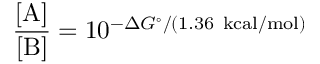
{ \frac { [ \mathrm { A } ] } { [ \mathrm { B } ] } } = 1 0 ^ { - \Delta G ^ { \circ } / ( 1 . 3 6 \ \mathrm { k c a l / m o l } ) }